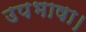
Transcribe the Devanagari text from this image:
उपभाषा।